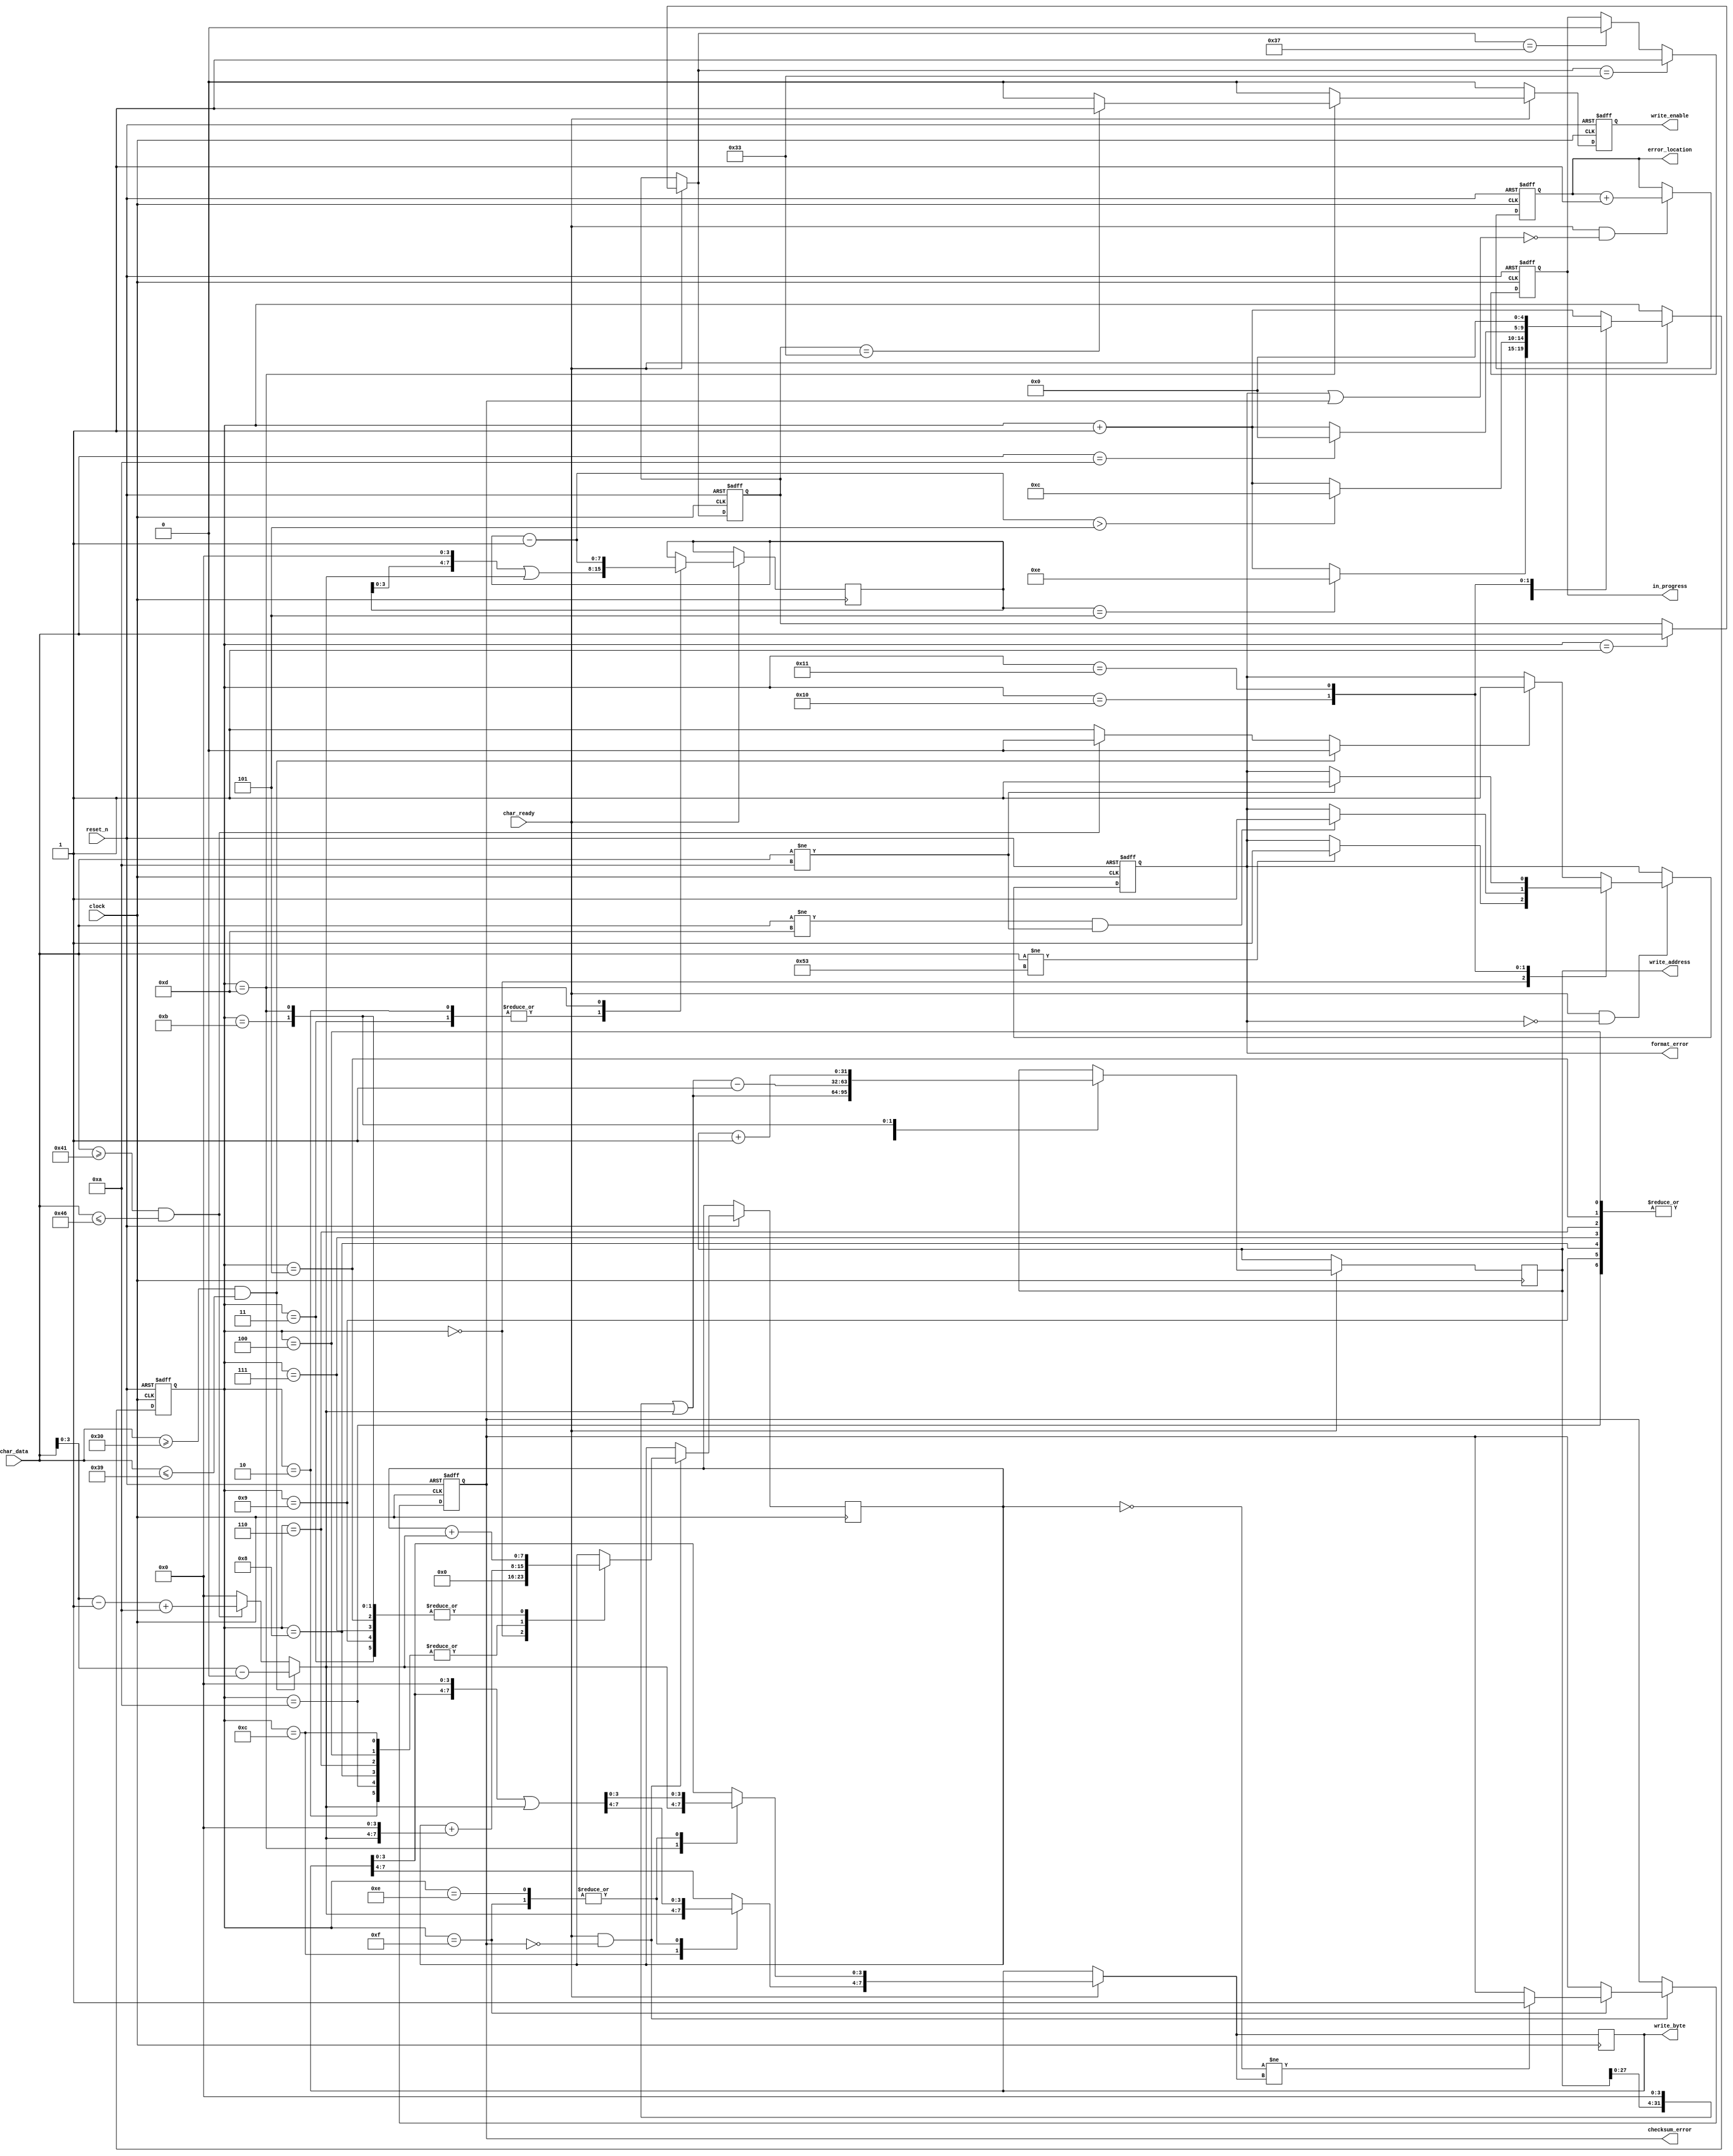
module mfp_srec_parser
(
    input             clock,
    input             reset_n,

    input      [ 7:0] char_data,
    input             char_ready,

    output reg        in_progress,
    output reg        format_error,
    output reg        checksum_error,
    output reg [ 7:0] error_location,

    output     [31:0] write_address,
    output     [ 7:0] write_byte,
    output            write_enable
);

    localparam [4:0]
        WAITING_S          = 5'd0,
        GET_TYPE           = 5'd1,
        GET_COUNT_7_4      = 5'd2,
        GET_COUNT_3_0      = 5'd3,
        GET_ADDRESS_31_28  = 5'd4,
        GET_ADDRESS_27_24  = 5'd5,
        GET_ADDRESS_23_20  = 5'd6,
        GET_ADDRESS_19_16  = 5'd7,
        GET_ADDRESS_15_12  = 5'd8,
        GET_ADDRESS_11_08  = 5'd9,
        GET_ADDRESS_07_04  = 5'd10,
        GET_ADDRESS_03_00  = 5'd11,
        GET_BYTE_7_4       = 5'd12,
        GET_BYTE_3_0       = 5'd13,
        CHECK_SUM_7_4      = 5'd14,
        CHECK_SUM_3_0      = 5'd15,
        CR                 = 5'd16,
        LF                 = 5'd17
        ;

    localparam [7:0]
        CHAR_LF = 8'h0A,
        CHAR_CR = 8'h0D,
        CHAR_0  = 8'h30,
        CHAR_3  = 8'h33,
        CHAR_7  = 8'h37,
        CHAR_9  = 8'h39,
        CHAR_A  = 8'h41,
        CHAR_F  = 8'h46,
        CHAR_S  = 8'h53
        ;

    reg  [3:0] nibble;
    reg  nibble_error;

    always @*
    begin
       nibble       = 0;
       nibble_error = 0;

       if (char_data >= CHAR_0 && char_data <= CHAR_9)
           nibble = char_data - CHAR_0;
       else if (char_data >= CHAR_A && char_data <= CHAR_F)
           nibble = char_data - CHAR_A + 10;
       else
           nibble_error = 1;
    end

    reg [ 4:0] state     , reg_state     ; 
    reg [ 7:0] rec_type  , reg_rec_type  ;
    reg [ 7:0] count     , reg_count     ;
    reg [31:0] address   , reg_address   ;
    reg [ 7:0] byte_data , reg_byte_data ;
    reg        write     , reg_write     ;

    assign write_address  = reg_address;
    assign write_byte     = reg_byte_data;
    assign write_enable   = reg_write;

    always @*
    begin
        state     = reg_state     ; 
        rec_type  = reg_rec_type  ;
        count     = reg_count     ;
        address   = reg_address   ;
        byte_data = reg_byte_data ;
        write     = 0             ;

        if (char_ready)
        begin
            state = reg_state + 1; 

            case (reg_state)

            WAITING_S:

                ;

            GET_TYPE:

                rec_type = char_data;

            GET_COUNT_7_4, GET_COUNT_3_0:

                count = (count << 4) | nibble;

            GET_ADDRESS_31_28 , GET_ADDRESS_27_24,
            GET_ADDRESS_23_20 , GET_ADDRESS_19_16,
            GET_ADDRESS_15_12 , GET_ADDRESS_11_08,
            GET_ADDRESS_07_04 :

                address = (address << 4) | nibble;

            GET_ADDRESS_03_00:
            begin
                address = ((address << 4) | nibble) - 1;

                if (count == 5)
                    state = CHECK_SUM_7_4;
            end

            GET_BYTE_7_4:

                byte_data [7:4] = nibble;

            GET_BYTE_3_0:
            begin
                address = address + 1;
                byte_data [3:0] = nibble;

                if (rec_type == CHAR_3)
                    write = 1;

                count = count - 8'd1;

                if (count > 5)
                    state = GET_BYTE_7_4;
            end

            CHECK_SUM_7_4, CHECK_SUM_3_0:
                byte_data = (byte_data << 4) | nibble;

            CR:
                if (char_data == CHAR_LF)
                    state = WAITING_S;

            LF:
                state = WAITING_S;

            endcase
        end
    end

    always @(posedge clock)
    begin
        reg_count     <= count;
        reg_address   <= address;
        reg_byte_data <= byte_data;
    end

    always @(posedge clock or negedge reset_n)
    begin
        if (! reset_n)
        begin
            reg_state    <= WAITING_S; 
            reg_rec_type <= 0;
            reg_write    <= 0;
        end
        else
        begin
            reg_state    <= state; 
            reg_rec_type <= rec_type;
            reg_write    <= write;
        end
    end

	always @(posedge clock or negedge reset_n)    
    begin
        if (! reset_n)
            in_progress <= 0;
        else if (rec_type == CHAR_3)
            in_progress <= 1;
        else if (rec_type == CHAR_7)
            in_progress <= 0;
    end
	
    always @(posedge clock or negedge reset_n)
    begin
        if (! reset_n)
        begin
            format_error <= 0;
        end
        else if (char_ready && ! format_error)
        begin
            case (reg_state)
            WAITING_S:  if (    char_data != CHAR_S  ) format_error <= 1;

            CR:         if (    char_data != CHAR_CR
                             && char_data != CHAR_LF )
                                                       format_error <= 1;

            LF:         if (    char_data != CHAR_LF ) format_error <= 1;
            default:    if (    nibble_error         ) format_error <= 1;
            endcase
        end
    end

    reg [7:0] checksum;

    always @(posedge clock or negedge reset_n)
    begin
        if (! reset_n)
        begin
            checksum_error <= 0;
        end
        else if (char_ready && ! checksum_error)
        begin
            case (reg_state)

            WAITING_S:

                checksum <= 0;

            GET_COUNT_7_4     ,
            GET_ADDRESS_31_28 ,
            GET_ADDRESS_23_20 ,
            GET_ADDRESS_15_12 ,
            GET_ADDRESS_07_04 ,
            GET_BYTE_7_4      :

                checksum <= checksum + { nibble, 4'b0 };

            GET_COUNT_3_0     ,
            GET_ADDRESS_27_24 ,
            GET_ADDRESS_19_16 ,
            GET_ADDRESS_11_08 ,
            GET_ADDRESS_03_00 ,
            GET_BYTE_3_0      :

                checksum <= checksum + nibble;

            CHECK_SUM_3_0:

                if ((~ checksum) != byte_data)
                    checksum_error <= 1;

            endcase
        end
    end

    wire error = format_error | checksum_error;

    always @(posedge clock or negedge reset_n)
    begin
        if (! reset_n)
            error_location <= 0;
        else if (char_ready && ! error)
            error_location <= error_location + 1;
    end

endmodule